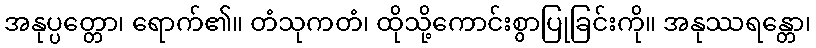
အနုပ္ပတ္တော၊ ရောက်၏။ တံသုကတံ၊ ထိုသို့ကောင်းစွာပြုခြင်းကို။ အနုဿရန္တော၊